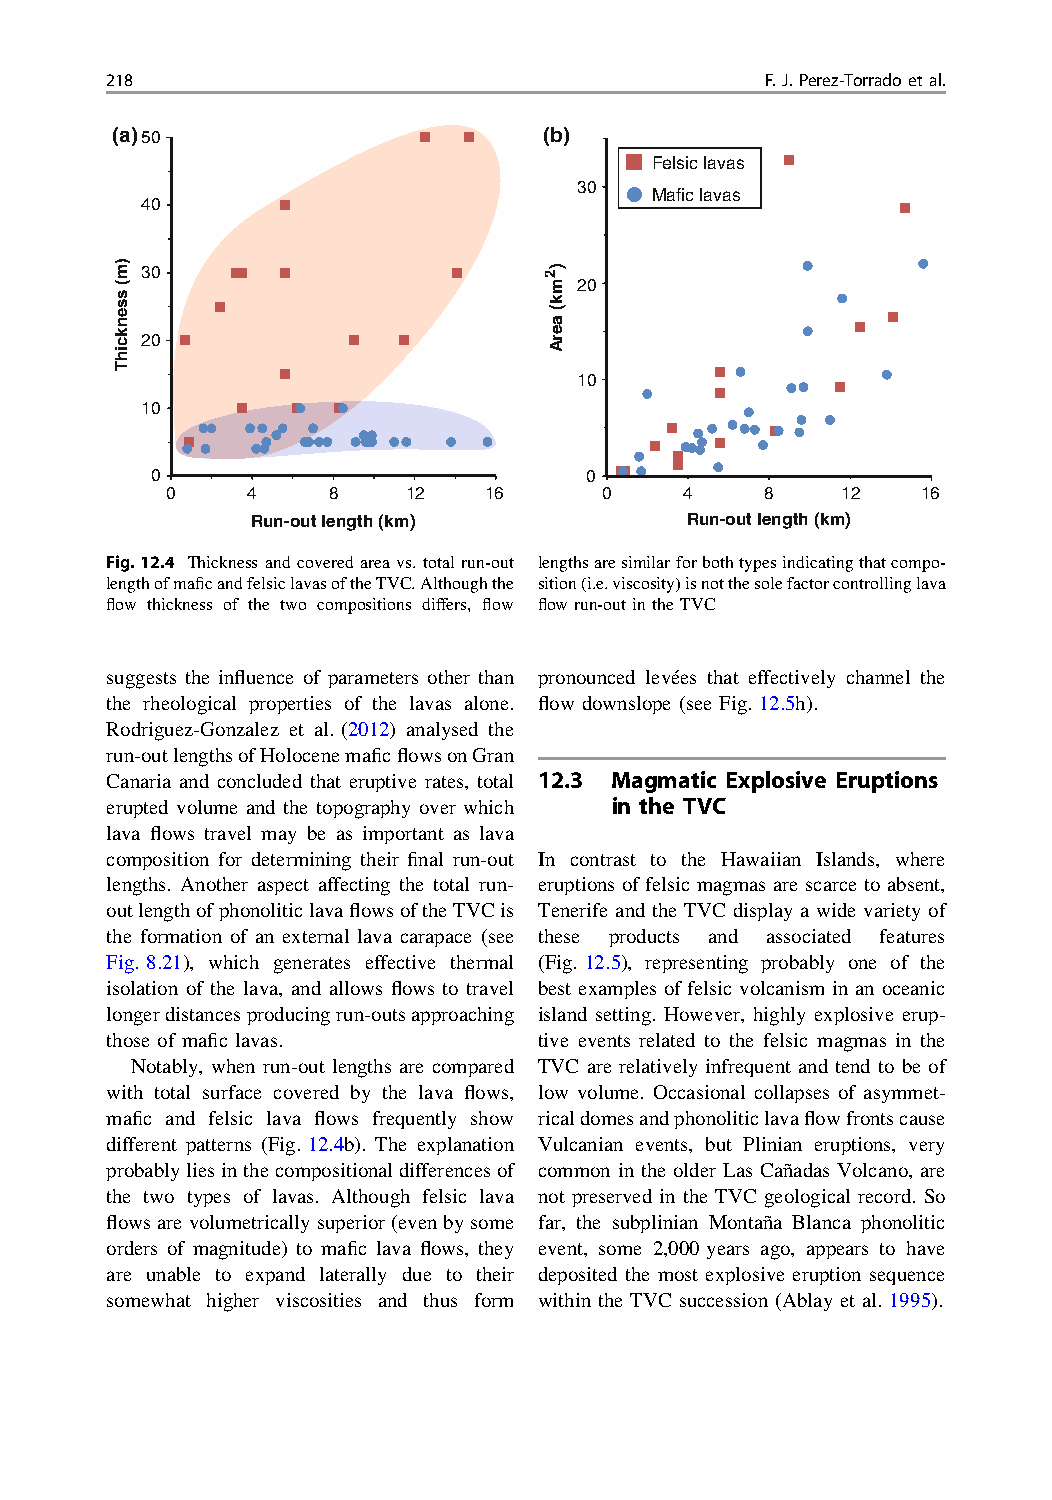
218                                         F.J.Perez-Torradoetal.
 (a)50                        (b)
 Felsic lavas
 30
 Mafic lavas
 40
 30
 20
 20
 10
 10
 0                            0
 0    4     8    12   16      0    4     8    12   16
 Run-out length (km)         Run-out length (km)
 Fig.12.4 Thickness and covered area vs. total run-out lengthsaresimilarforbothtypesindicatingthatcompo-
 lengthofmaficandfelsiclavasoftheTVC.Althoughthe sition(i.e.viscosity)isnotthesolefactorcontrollinglava
 flow thickness of the two compositions differs, flow flowrun-outintheTVC
 suggests the influence of parameters other than pronounced levées that effectively channel the
 the rheological properties of the lavas alone. flow downslope (see Fig. 12.5h).
 Rodriguez-Gonzalez et al. (2012) analysed the
 run-outlengthsofHolocenemaficflowsonGran
 Canaria and concluded that eruptive rates, total 12.3 Magmatic Explosive Eruptions
 erupted volume and the topography over which in the TVC
 lava flows travel may be as important as lava
 composition for determining their final run-out In contrast to the Hawaiian Islands, where
 lengths. Another aspect affecting the total run- eruptions offelsic magmas are scarce to absent,
 outlengthofphonoliticlavaflowsoftheTVCis Tenerife and the TVC display a wide variety of
 the formation of an external lava carapace (see these products and associated features
 Fig. 8.21), which generates effective thermal (Fig. 12.5), representing probably one of the
 isolation of the lava, and allows flows to travel best examples offelsic volcanism in an oceanic
 longerdistancesproducingrun-outsapproaching island setting. However, highly explosive erup-
 those of mafic lavas.        tive events related to the felsic magmas in the
 Notably, when run-out lengths are compared TVC are relatively infrequent and tend to be of
 with total surface covered by the lava flows, low volume. Occasional collapses of asymmet-
 mafic and felsic lava flows frequently show ricaldomesandphonoliticlavaflowfrontscause
 different patterns (Fig. 12.4b). The explanation Vulcanian events, but Plinian eruptions, very
 probablyliesinthecompositionaldifferencesof common in the older Las Cañadas Volcano, are
 the two types of lavas. Although felsic lava not preserved in the TVC geological record. So
 flowsarevolumetricallysuperior(evenbysome far, the subplinian Montaña Blanca phonolitic
 orders of magnitude) to mafic lava flows, they event, some 2,000 years ago, appears to have
 are unable to expand laterally due to their deposited the most explosive eruption sequence
 somewhat higher viscosities and thus form within the TVC succession (Ablay et al. 1995).
 )m(
 ssenkcihT
 )2mk(
 aerA